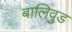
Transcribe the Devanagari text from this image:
बालिवुड